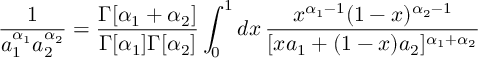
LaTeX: \frac { 1 } { a _ { 1 } ^ { \alpha _ { 1 } } a _ { 2 } ^ { \alpha _ { 2 } } } = \frac { \Gamma [ \alpha _ { 1 } + \alpha _ { 2 } ] } { \Gamma [ \alpha _ { 1 } ] \Gamma [ \alpha _ { 2 } ] } \int _ { 0 } ^ { 1 } d x \, \frac { x ^ { \alpha _ { 1 } - 1 } ( 1 - x ) ^ { \alpha _ { 2 } - 1 } } { [ x a _ { 1 } + ( 1 - x ) a _ { 2 } ] ^ { \alpha _ { 1 } + \alpha _ { 2 } } }